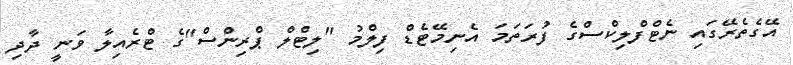
އޭގެތެރޭގައި ނެޓްފްލިކްސްގެ ފުރަތަމަ އެނިމޭޓެޑް ފިލްމު "ލިޓްލް ޕްރިންސް"ގެ ޓްރެއިލާ ވަނީ ދާދި